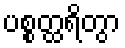
ပစ္စတ္ထရိတွာ